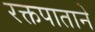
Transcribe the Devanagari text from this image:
रक्तपाताने